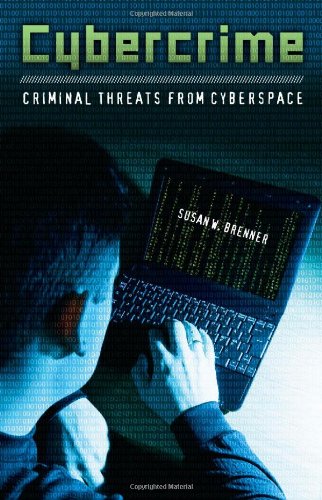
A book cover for Cybercrime: Criminal Threats from Cyberspace (Crime, Media, and Popular Culture); Susan W. Brenner; Computers & Technology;